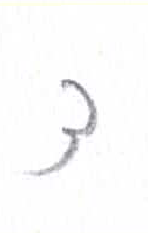
אות: צ